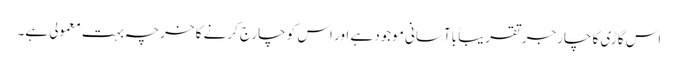
اس گاڑی کا چارجر تقریباً باآسانی موجود ہے اور اس کو چارج کرنے کا خرچہ بہت معمولی ہے۔